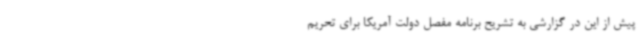
پیش از این در گزارشی به تشریح برنامه مفصل دولت آمریکا برای تحریم